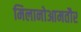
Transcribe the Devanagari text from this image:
मिलानोआमतौर